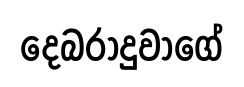
දෙබරාදුවාගේ